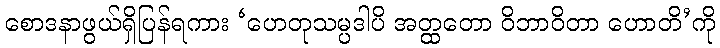
စောဒနာဖွယ်ရှိပြန်ရကား ‘ဟေတုသမ္ပဒါပိ အတ္ထတော ဝိဘာဝိတာ ဟောတိ’ကို